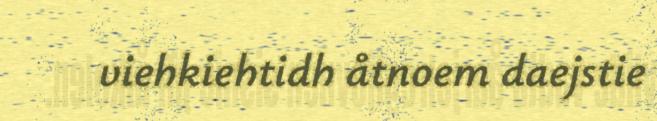
viehkiehtidh åtnoem daejstie